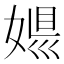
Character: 𡟠